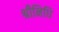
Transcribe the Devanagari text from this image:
श्रीनिधि